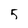
Character: 5